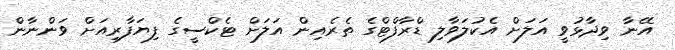
އޭނާ ވިދާޅުވީ އަލަށް އެކުލަވާލި ޑްރާފްޓްގެ ތެރެއިން އަލަށް ޓެކްސީގެ ފިޔަފާރިއަށް ވަންނާން